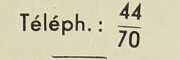
téléph.: 44/70